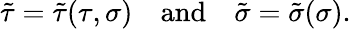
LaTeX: \tilde{\tau}=\tilde{\tau}(\tau,\sigma)\quad\mathrm{and}\quad\tilde{\sigma}=\tilde{\sigma}(\sigma).